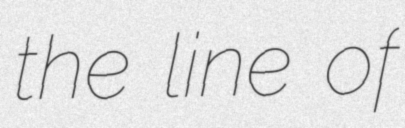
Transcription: the line of